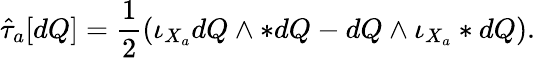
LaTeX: \hat{\tau}_{a}[dQ]=\frac{1}{2}(\iota_{X_{a}}dQ\wedge*dQ-dQ\wedge\iota_{X_{a}}*dQ).